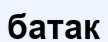
батак